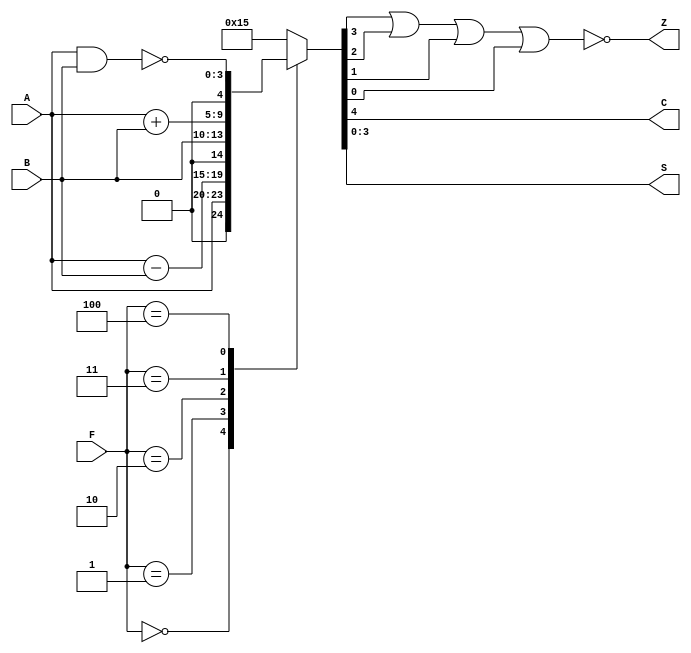
module ALU(input [3:0] A, B,
           input [2:0] F,
           output C, Z,
           output [3:0] S);

    reg [4:0] regS;

    always @ (A, B, F)
        case (F)
            3'b000: regS = A;
            3'b001: regS = A - B;
            3'b010: regS = B;
            3'b011: regS = A + B;
            3'b100: regS = {1'b0, ~(A & B)};
            default: regS = 5'b10101;
        endcase

    assign S = regS[3:0];
    assign C = regS[4];
    assign Z = ~(regS[3] | regS[2] | regS[1] | regS[0]);

endmodule